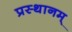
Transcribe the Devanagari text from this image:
प्रस्थानम्